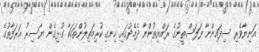
އަނިޔާވެރި ސިފައިންނާ ފަލަސްޠީނުގެ ރައްޔިތުންނާ ދެމެދުގައި ހިނގި ކުރިމަތިލުންތަކަކާ ގުޅިގެން ޔާސިރު ޢަރަފާތުގެ